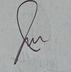
Signature authenticity: genuine